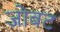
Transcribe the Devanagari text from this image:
जोबट